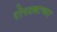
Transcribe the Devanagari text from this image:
रोपट्याच्या